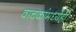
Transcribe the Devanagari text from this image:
वाचकांमध्येही